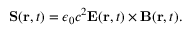
\mathbf { S } ( \mathbf { r } , t ) = \epsilon _ { 0 } c ^ { 2 } \mathbf { E } ( \mathbf { r } , t ) \times \mathbf { B } ( \mathbf { r } , t ) .